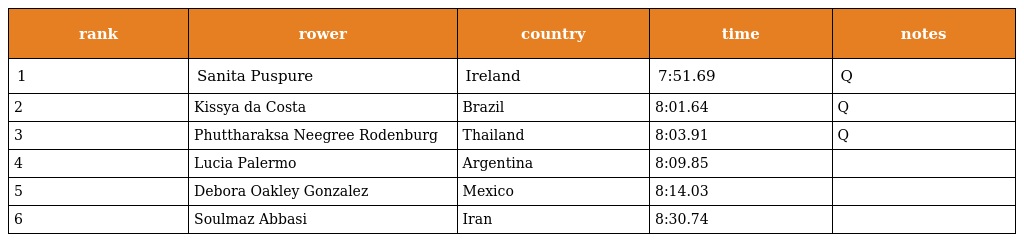
| rank | rower | country | time | notes |
 | --- | --- | --- | --- | --- |
 | 1 | Sanita Puspure | Ireland | 7:51.69 | Q |
 | 2 | Kissya da Costa | Brazil | 8:01.64 | Q |
 | 3 | Phuttharaksa Neegree Rodenburg | Thailand | 8:03.91 | Q |
 | 4 | Lucia Palermo | Argentina | 8:09.85 |  |
 | 5 | Debora Oakley Gonzalez | Mexico | 8:14.03 |  |
 | 6 | Soulmaz Abbasi | Iran | 8:30.74 |  |